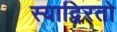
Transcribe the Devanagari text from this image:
स्याद्विरतो